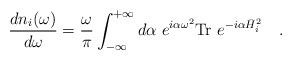
LaTeX: \begin{align*}{dn_i(\omega) \over d\omega}={\omega \over \pi}\int_{-\infty}^{+\infty}d\alpha~ e^{i\alpha\omega^2}\mbox{Tr}~e^{-i\alpha\bar{H}_i^2}~~~.\end{align*}